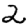
Digit: 2